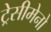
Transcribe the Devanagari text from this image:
ट्रेसीमेनो